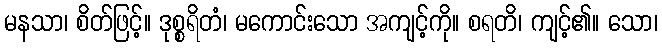
မနသာ၊ စိတ်ဖြင့်။ ဒုစ္စရိတံ၊ မကောင်းသော အကျင့်ကို။ စရတိ၊ ကျင့်၏။ သော၊